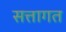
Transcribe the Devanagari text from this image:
सत्तागत